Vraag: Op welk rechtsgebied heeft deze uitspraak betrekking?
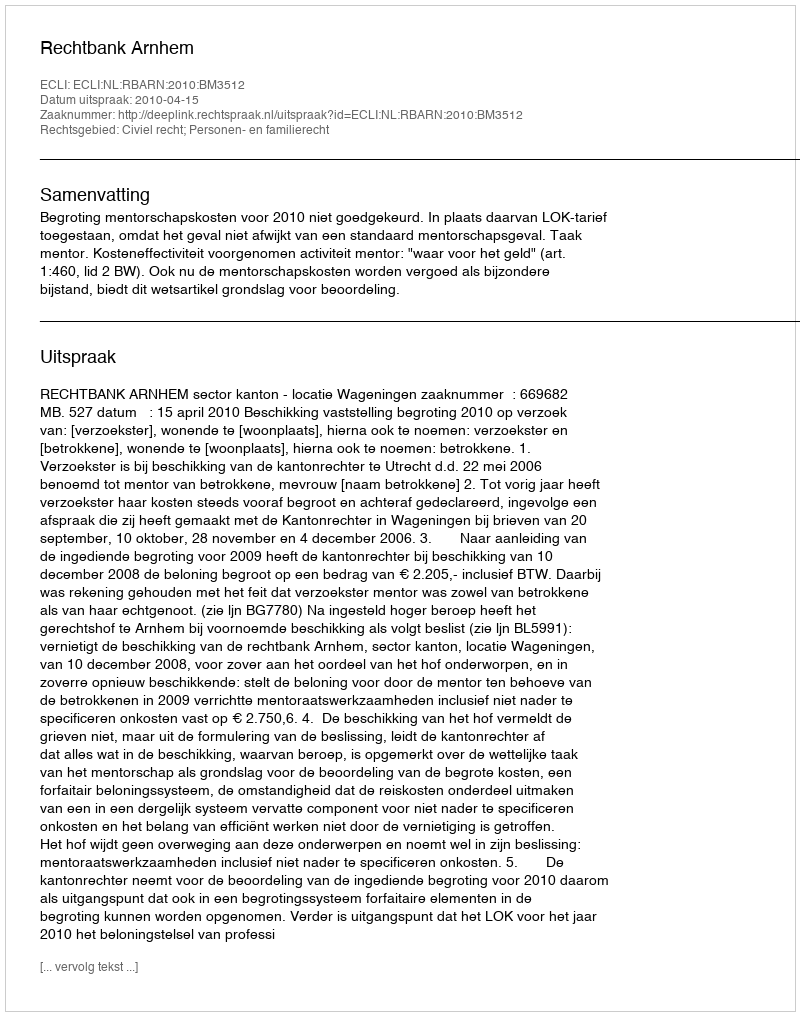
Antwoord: Civiel recht; Personen- en familierecht